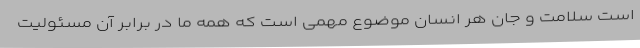
است سلامت و جان هر انسان موضوع مهمی است که همه ما در برابر آن مسئولیت